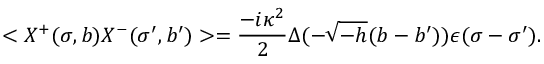
< X ^ { + } ( \sigma , b ) X ^ { - } ( \sigma ^ { \prime } , b ^ { \prime } ) > = \frac { - i \kappa ^ { 2 } } { 2 } \Delta ( - \sqrt { - h } ( b - b ^ { \prime } ) ) \epsilon ( \sigma - \sigma ^ { \prime } ) .